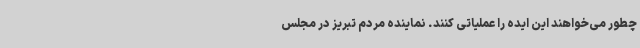
چطور می‌خواهند این ایده را عملیاتی کنند. نماینده مردم تبریز در مجلس